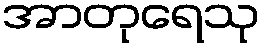
အာတုရေသု